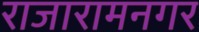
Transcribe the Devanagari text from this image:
राजारामनगर